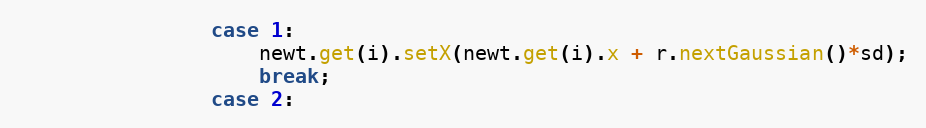
Language: Java
				case 1:
					newt.get(i).setX(newt.get(i).x + r.nextGaussian()*sd);
					break;
				case 2: